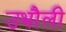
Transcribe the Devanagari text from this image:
उभौली